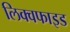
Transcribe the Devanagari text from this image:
लिक्वफाइड